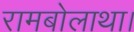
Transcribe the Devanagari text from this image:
रामबोलाथा।